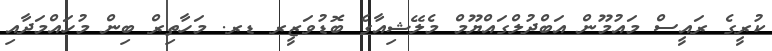
ކުރީގެ ރައީސް މައުމޫން އަބްދުލްގައްޔޫމް މެލޭޝިއާގެ ބޮޑުވަޒީރ ޑރ. މަހާތިރް ބިން މުހައްމަދާއި